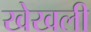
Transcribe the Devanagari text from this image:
खेखली